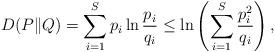
LaTeX: \begin{align*}D(P \| Q) = \sum_{i = 1}^S p_i \ln \frac{p_i}{q_i} \leq \ln \left( \sum_{i = 1}^S \frac{p_i^2}{q_i} \right),\end{align*}